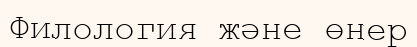
Филология және өнер